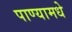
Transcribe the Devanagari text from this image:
पाण्यामधे